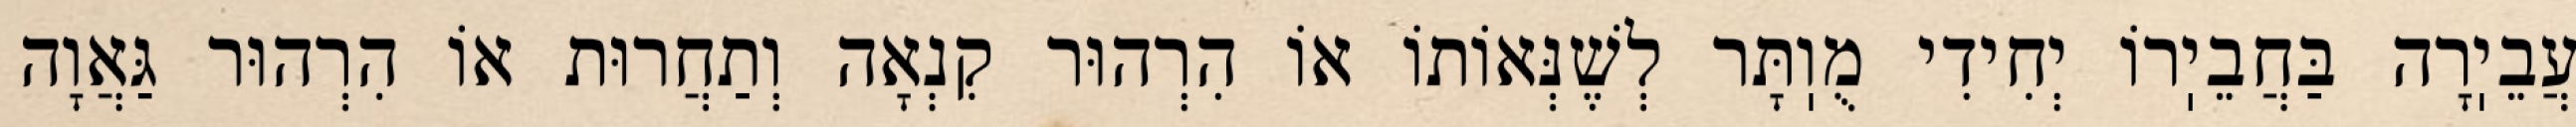
עֲבֵיֽרָה בַּחֲבֵיֽרוֹ יְחִידִי מֻוֽתָּר לְשֶׁנְּאוֹתוֹ אוֹ הִרְהוּר קִנְאָה וְתַחֲרוּת אוֹ הִרְהוּר גַּאֲוָה